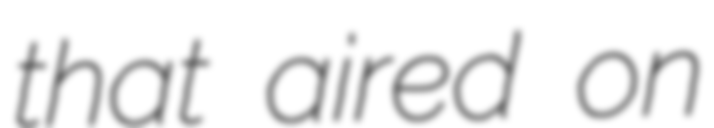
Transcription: that aired on